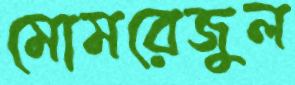
মোমরেজুল